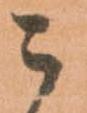
ニ